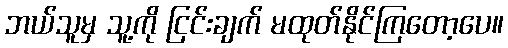
ဘယ်သူမှ သူ့ကို ငြင်းချက် မထုတ်နိုင်ကြတော့ပေ။